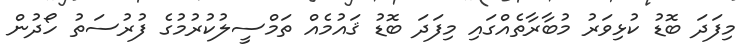
މިފަދަ ބޮޑު ކުޅިވަރު މުބާރާތެއްގައި މިފަދަ ބޮޑު ޤައުމެއް ތަމްސީލުކުރުމުގެ ފުރުސަތު ހޯދުން